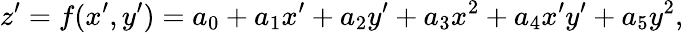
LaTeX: z^{\prime}=f(x^{\prime},y^{\prime})=a_{0}+a_{1}x^{\prime}+a_{2}y^{\prime}+a_{3}x^{2}+a_{4}x^{\prime}y^{\prime}+a_{5}y^{2},